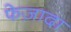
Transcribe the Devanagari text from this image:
फेज़ादा